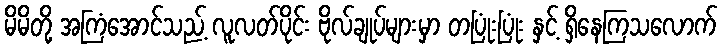
မိမိတို့ အကြံအောင်သည့် လူလတ်ပိုင်း ဗိုလ်ချုပ်များမှာ တပြုံးပြုံး နှင့် ရှိနေကြသလောက်